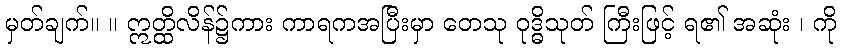
မှတ်ချက်။ ။ ဣတ္ထိလိန်၌ကား ကာရကအပြီးမှာ တေသု ဝုဒ္ဓိသုတ် ကြီးဖြင့် ရ၏ အဆုံး ၊ ကို